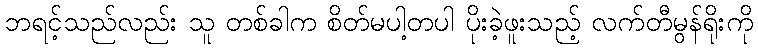
ဘရင့်သည်လည်း သူ တစ်ခါက စိတ်မပါ့တပါ ပိုးခဲ့ဖူးသည့် လက်တီမွန်ရိုးကို